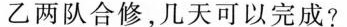
乙两队合修，几天可以完成?